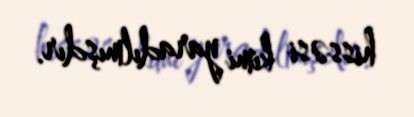
hissəsi kimi yaradılmışdır.